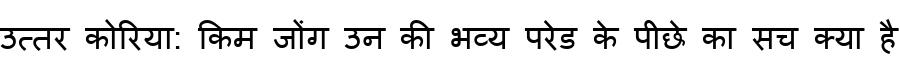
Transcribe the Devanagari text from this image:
उत्तर कोरिया: किम जोंग उन की भव्य परेड के पीछे का सच क्या है